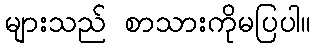
များသည် စာသားကိုမပြပါ။